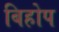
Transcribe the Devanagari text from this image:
बिहोप